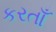
કરતાઁ